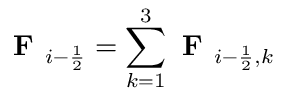
\textbf { F } _ { i - \frac { 1 } { 2 } } = \sum _ { k = 1 } ^ { 3 } \textbf { F } _ { i - \frac { 1 } { 2 } , k }